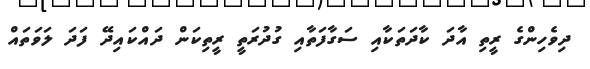
ދިވެހިންގެ ރީތި އާދަ ކާދަތަކާއި ސަގާފަތާއި ގުދުރަތީ ރީތިކަން ދައްކައިދޭ ފަދަ ލަވަތައް